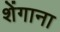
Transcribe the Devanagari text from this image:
शेंगाना